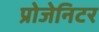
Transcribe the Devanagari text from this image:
प्रोजेनिटर